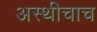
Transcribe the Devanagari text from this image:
अस्थीचाच